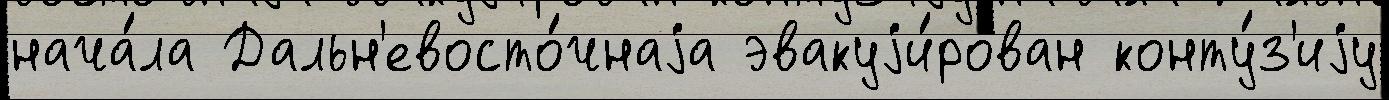
нача́ла Дальн'евосто́чнаjа эвакуjи́рован конту́з'иjу